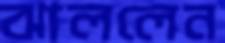
ঝাললেন